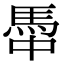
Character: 馽